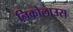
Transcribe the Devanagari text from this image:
निकोलाउस